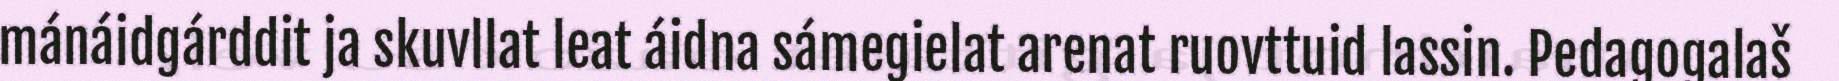
mánáidgárddit ja skuvllat leat áidna sámegielat arenat ruovttuid lassin. Pedagogalaš